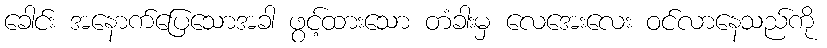
ခေါင်း အနောက်ပြေသောအခါ ဖွင့်ထားသော တံခါးမှ လေအေးလေး ဝင်လာနေသည်ကို